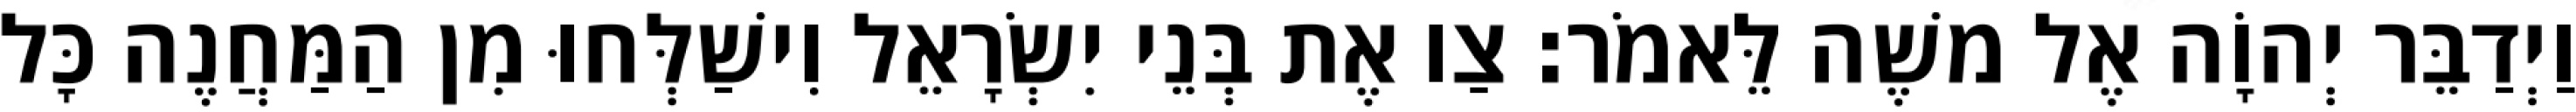
וַיְדַבֵּר יְהוָֹה אֶל משֶׁה לֵּאמֹר׃ צַו אֶת בְּנֵי יִשְׂרָאֵל וִישַׁלְּחוּ מִן הַמַּחֲנֶה כָּל